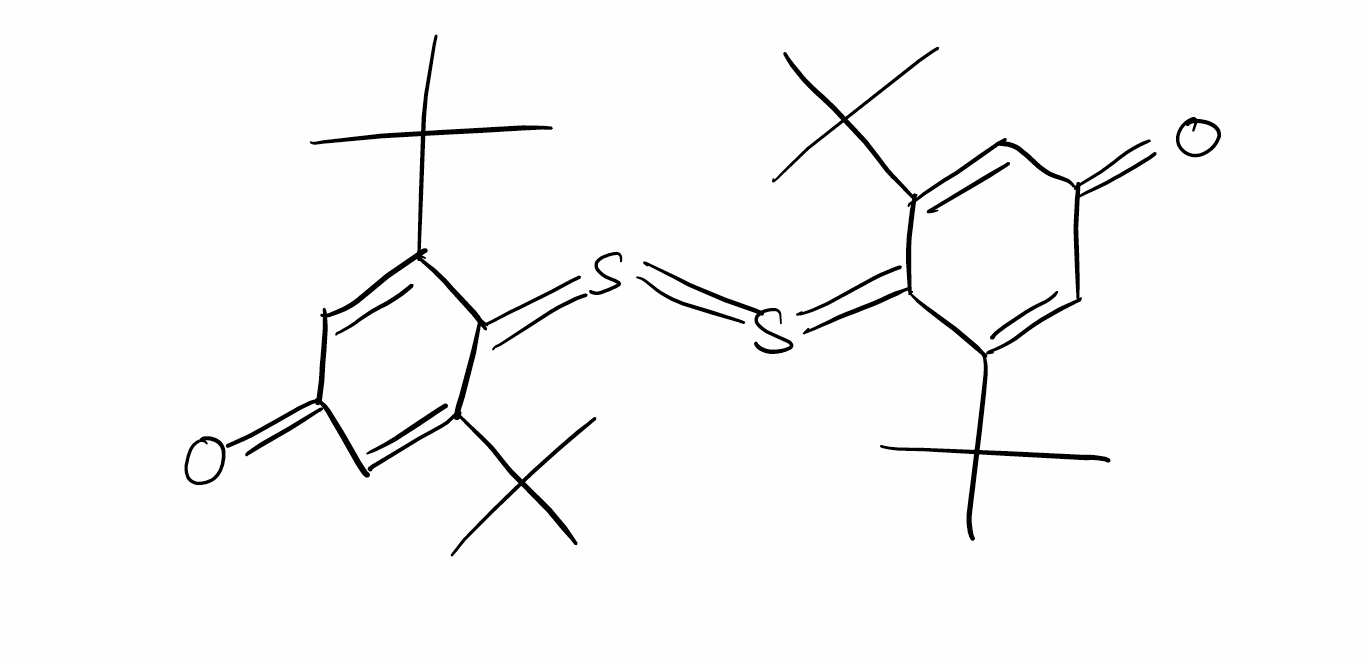
Simplified molecular-input line-entry system (SMILES) notation of the given molecule:
CC(C)(C)C1=CC(=O)C=C(C1=S=S=C2C(=CC(=O)C=C2C(C)(C)C)C(C)(C)C)C(C)(C)C